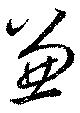
兼